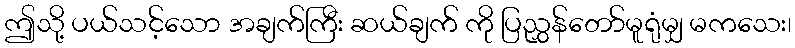
ဤသို့ ပယ်သင့်သော အချက်ကြီး ဆယ်ချက် ကို ပြညွှန်တော်မူရုံမျှ မကသေး၊